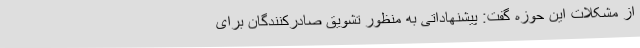
از مشکلات این حوزه گفت: پیشنهاداتی به منظور تشویق صادرکنندگان برای